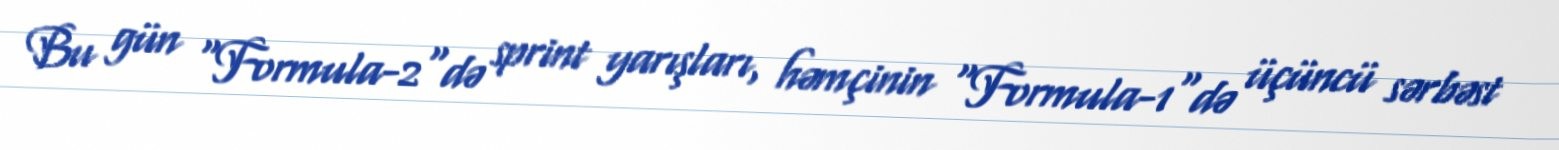
Bu gün "Formula-2"də sprint yarışları, həmçinin "Formula-1"də üçüncü sərbəst